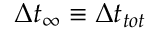
\Delta t _ { \infty } \equiv \Delta t _ { t o t }